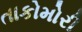
તાકોમોરી